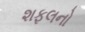
શફલનો